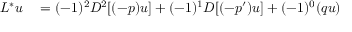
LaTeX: \begin{array} { r l } { L ^ { * } u } & { { } { } = ( - 1 ) ^ { 2 } D ^ { 2 } [ ( - p ) u ] + ( - 1 ) ^ { 1 } D [ ( - p ^ { \prime } ) u ] + ( - 1 ) ^ { 0 } ( q u ) } \end{array}